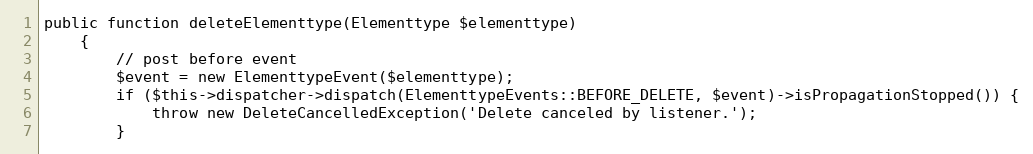
Language: PHP
public function deleteElementtype(Elementtype $elementtype)
    {
        // post before event
        $event = new ElementtypeEvent($elementtype);
        if ($this->dispatcher->dispatch(ElementtypeEvents::BEFORE_DELETE, $event)->isPropagationStopped()) {
            throw new DeleteCancelledException('Delete canceled by listener.');
        }